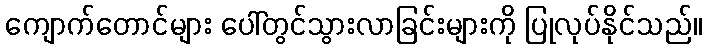
ကျောက်တောင်များ ပေါ်တွင်သွားလာခြင်းများကို ပြုလုပ်နိုင်သည်။